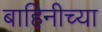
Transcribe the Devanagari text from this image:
बाहिनीच्या